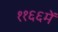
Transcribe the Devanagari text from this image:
११६६में